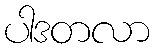
ပါဒတလာ